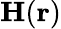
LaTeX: \mathbf{H}(\mathbf{r})